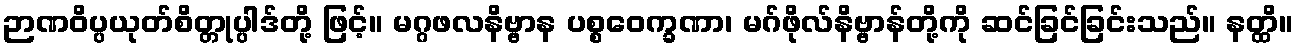
ဉာဏဝိပ္ပယုတ်စိတ္တုပ္ပါဒ်တို့ ဖြင့်။ မဂ္ဂဖလနိဗ္ဗာန ပစ္စဝေက္ခဏာ၊ မဂ်ဖိုလ်နိဗ္ဗာန်တို့ကို ဆင်ခြင်ခြင်းသည်။ နတ္ထိ။